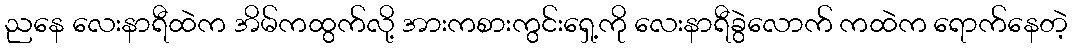
ညနေ လေးနာရီထဲက အိမ်ကထွက်လို့ အားကစားကွင်းရှေ့ကို လေးနာရီခွဲလောက် ကထဲက ရောက်နေတဲ့